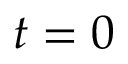
t = 0